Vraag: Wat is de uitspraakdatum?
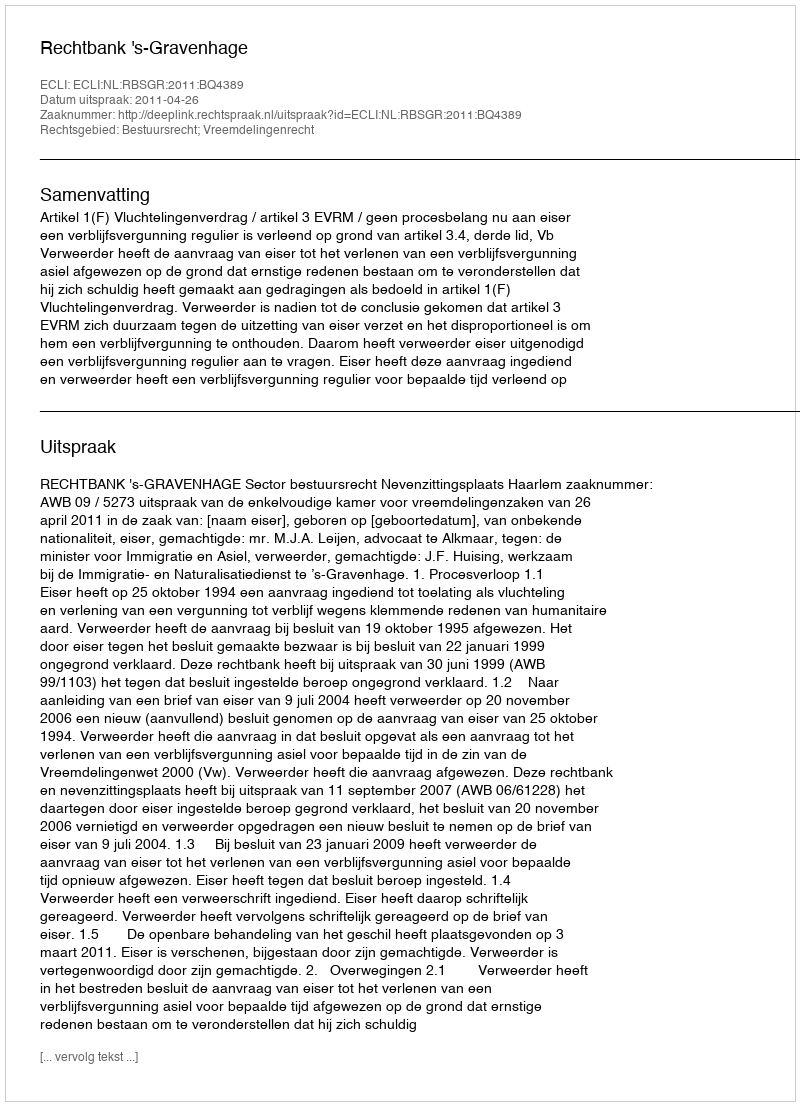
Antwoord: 2011-04-26